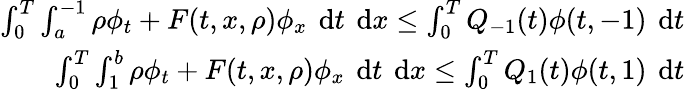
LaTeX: \begin{array}{r}{\int_{0}^{T}\int_{a}^{-1}\rho\phi_{t}+F(t,x,\rho)\phi_{x}\textrm{\, d}t\textrm{\, d}x\leq\int_{0}^{T}Q_{-1}(t)\phi(t,-1)\textrm{\, d}t}\\ {\int_{0}^{T}\int_{1}^{b}\rho\phi_{t}+F(t,x,\rho)\phi_{x}\textrm{\, d}t\textrm{\, d}x\leq\int_{0}^{T}Q_{1}(t)\phi(t,1)\textrm{\, d}t}\end{array}